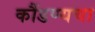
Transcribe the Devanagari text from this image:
कौंडण्यचा